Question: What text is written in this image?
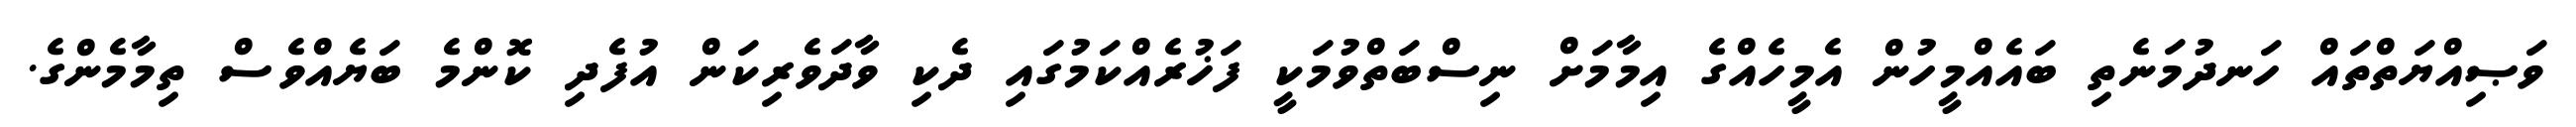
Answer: ވަޞިއްޔަތްތައް ހަނދުމަނެތި ބައެއްމީހުން އެމީހެއްގެ އިމާމަށް ނިސްބަތްވުމަކީ ފަޚުރެއްކަމުގައި ދެކި ވާދަވެރިކަން އުފެދި ކޮންމެ ބަޔެއްވެސް ތިމާމެންގެ.